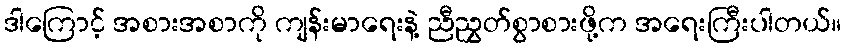
ဒါကြောင့် အစားအစာကို ကျန်းမာရေးနဲ့ ညီညွှတ်စွာစားဖို့က အရေးကြီးပါတယ်။